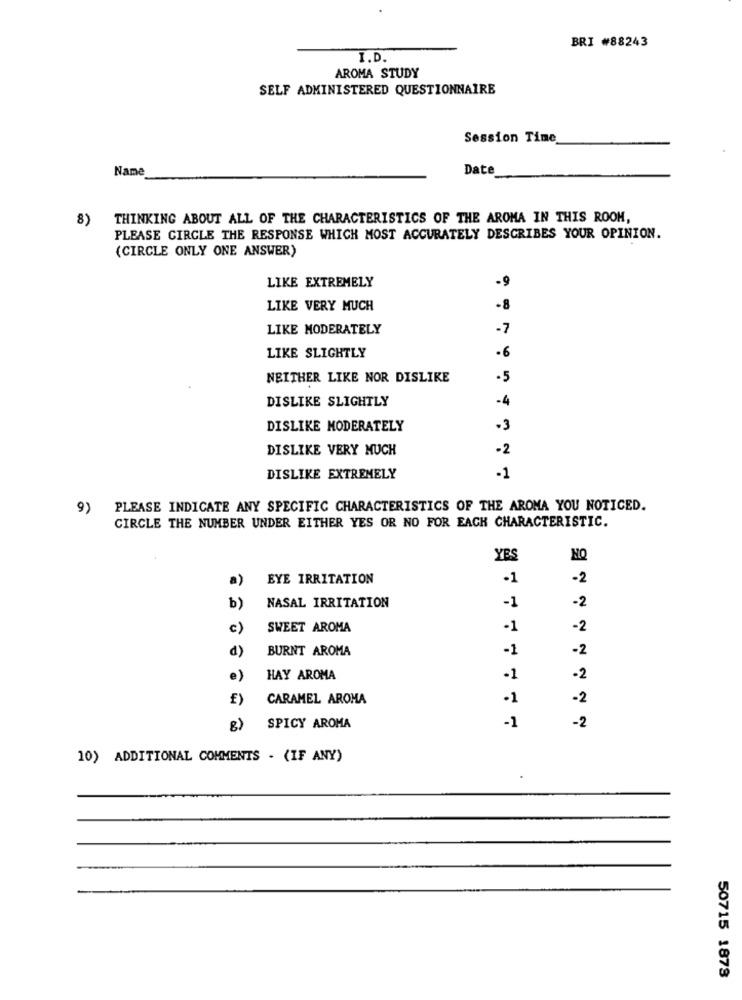
BRI #88243
I.D.
AROMA STUDY
SELF ADMINISTERED QUESTIONNAIRE
Session Time
Name
Date
8)
THINKING ABOUT ALL OF THE CHARACTERISTICS OF THE AROMA IN THIS ROOM,
PLEASE CIRCLE THE RESPONSE WHICH MOST ACCURATELY DESCRIBES YOUR OPINION.
(CIRCLE ONLY ONE ANSWER)
LIKE EXTREMELY
LIKE VERY MUCH
-8
LIKE MODERATELY
-7
.6
LIKE SLIGHTLY
NEITHER LIKE NOR DISLIKE
-5
DISLIKE SLIGHTLY
-4
DISLIKE MODERATELY
-3
DISLIKE VERY MUCH
-2
DISLIKE EXTREMELY
-1
9) PLEASE INDICATE ANY SPECIFIC CHARACTERISTICS OF THE AROMA YOU NOTICED.
CIRCLE THE NUMBER UNDER EITHER YES OR NO FOR EACH CHARACTERISTIC.
YES
a)
EYE IRRITATION
-1
-2
b)
-1
NASAL IRRITATION
-2
c)
SWEET AROMA
-1
-2
d)
BURNT AROMA
-1
-2
e)
HAY AROMA
-1
-2
£)
CARAMEL AROMA
·1
-2
-1
-2
8)
SPICY AROMA
10) ADDITIONAL COMMENTS . (IF ANY)
50715 1873